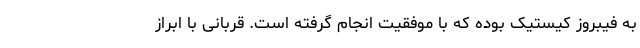
به فیبروز کیستیک بوده که با موفقیت انجام گرفته است. قربانی با ابراز